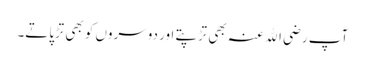
آپ رضی اﷲ عنہ بھی تڑپتے اور دوسروں کو بھی تڑپاتے۔